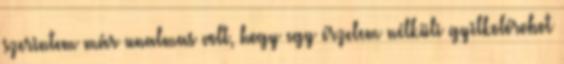
szerintem már unalmas volt, hogy egy érzelem nélküli gyilkolórobot